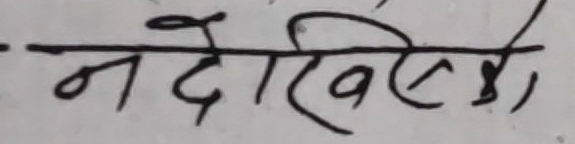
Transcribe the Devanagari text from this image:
नदेखिसो,